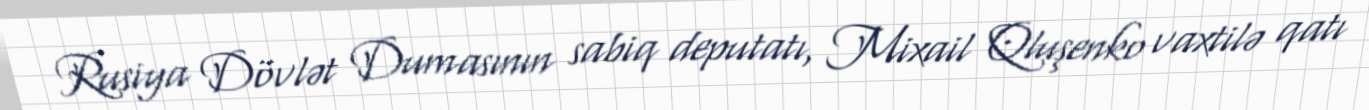
Rusiya Dövlət Dumasının sabiq deputatı, Mixail Qluşenko vaxtilə qatı